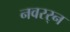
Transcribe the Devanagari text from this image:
नवरर्‍न